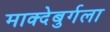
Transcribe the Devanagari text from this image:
माक्देबुर्गला